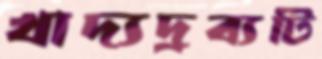
খাদ্যদ্রব্যটি